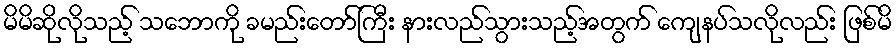
မိမိဆိုလိုသည့် သဘောကို ခမည်းတော်ကြီး နားလည်သွားသည့်အတွက် ကျေနပ်သလိုလည်း ဖြစ်မိ